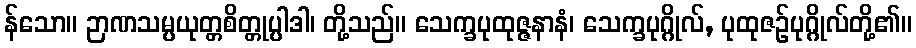
န်သော။ ဉာဏသမ္ပယုတ္တစိတ္တုပ္ပါဒါ၊ တို့သည်။ သေက္ခပုထုဇ္ဇနာနံ၊ သေက္ခပုဂ္ဂိုလ်, ပုထုဇဉ်ပုဂ္ဂိုလ်တို့၏။